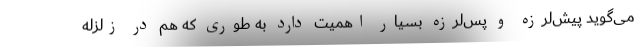
می‌گوید پیش‌لرزه و پس‌لرزه بسیار اهمیت دارد به طوری که هم در زلزله